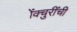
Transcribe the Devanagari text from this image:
ॲक्चुरींची